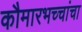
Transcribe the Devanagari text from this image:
कौमारभच्चांचा